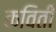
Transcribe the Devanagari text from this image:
कविती